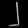
Digit: ၂